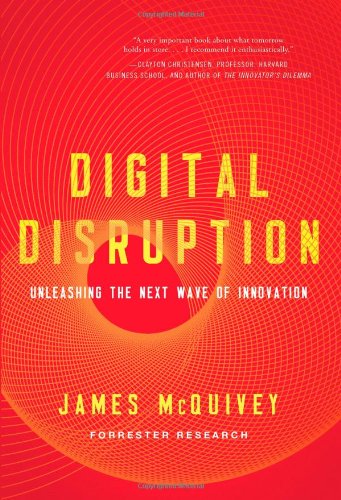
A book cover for Digital Disruption: Unleashing the Next Wave of Innovation; James McQuivey; Business & Money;